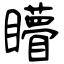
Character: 矒